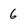
Character: 6